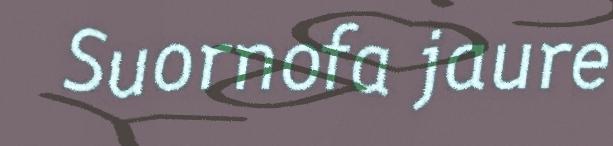
Suornofa jaure